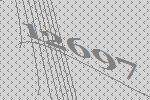
12697